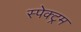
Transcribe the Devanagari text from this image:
स्‍पेक्‍ट्रम